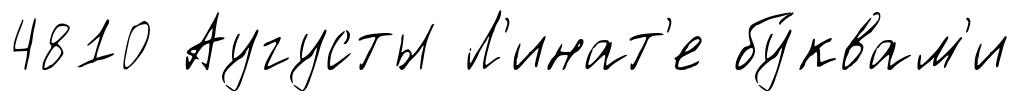
4810 Аугусты Л'инат'е бу́квам'и